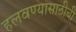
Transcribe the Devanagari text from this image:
हलवण्यासाठीची